Vaccine operations Central Provinces 1868-1885 - 1868-1885
Year: 1868
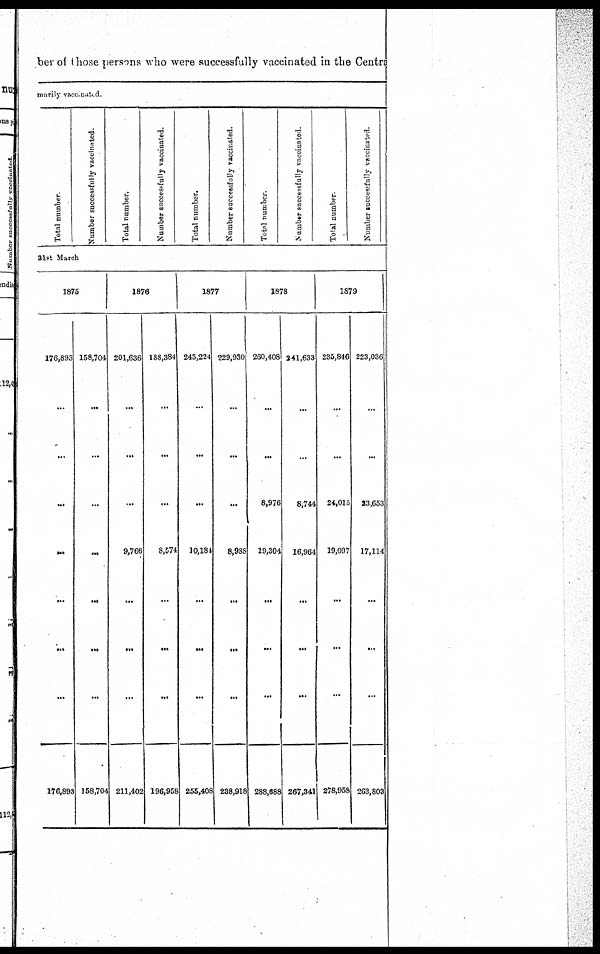
ber of those persons who were successfully vaccinated in the Centrs
marily vaccinated.
Total number.
Number successfully vaccinated.
Total number.
Number successfully vaccinated.
Total number.
Number successfully vaccinated.
Total number.
Number successfully vaccinated.
Total number.
Number successfully vaccinated.
31st March
1875
176,893
...
...
...
...
...
...
...
176,893
158,704
...
...
...
...
...
...
...
158,704
1876
201,636
...
...
...
9,766
...
...
...
211,402
188,384
...
...
...
8,574
...
...
...
196,958
1877
245,224
...
...
...
10,184
...
...
...
255,408
229,930
...
...
...
8,988
...
...
...
238,918
1878
260,408
...
...
8,976
19,304
...
...
...
288,688
241,633
...
...
8,744
16,964
...
...
...
267,341
1879
235,846
...
...
24,015
19,097
...
...
...
278,958
223,036
...
...
23,653
17,114
...
...
...
263,803